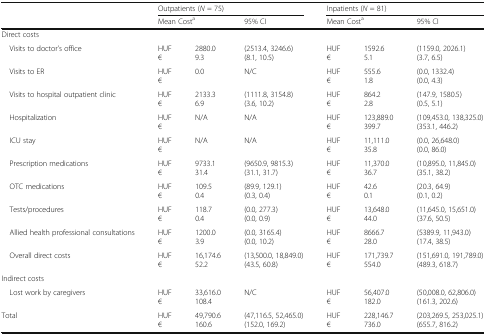
<table><thead><tr><td rowspan="2"></td><td colspan="3"><b>Outpatients (<i>N</i> = 75)</b></td><td colspan="3"><b>Inpatients (<i>N</i> = 81)</b></td></tr><tr><td colspan="2"><b>Mean Cost<sup>a</sup></b></td><td><b>95% CI</b></td><td colspan="2"><b>Mean Cost<sup>a</sup></b></td><td><b>95% CI</b></td></tr></thead><tbody><tr><td colspan="7">Direct costs</td></tr><tr><td> Visits to doctor’s office</td><td>HUF€</td><td>2880.09.3</td><td>(2513.4, 3246.6)(8.1, 10.5)</td><td>HUF€</td><td>1592.65.1</td><td>(1159.0, 2026.1)(3.7, 6.5)</td></tr><tr><td> Visits to ER</td><td>HUF€</td><td>0.0</td><td>N/C</td><td>HUF€</td><td>555.61.8</td><td>(0.0, 1332.4)(0.0, 4.3)</td></tr><tr><td> Visits to hospital outpatient clinic</td><td>HUF€</td><td>2133.36.9</td><td>(1111.8, 3154.8)(3.6, 10.2)</td><td>HUF€</td><td>864.22.8</td><td>(147.9, 1580.5)(0.5, 5.1)</td></tr><tr><td> Hospitalization</td><td>HUF€</td><td>N/A</td><td>N/A</td><td>HUF€</td><td>123,889.0399.7</td><td>(109,453.0, 138,325.0)(353.1, 446.2)</td></tr><tr><td> ICU stay</td><td>HUF€</td><td>N/A</td><td>N/A</td><td>HUF€</td><td>11,111.035.8</td><td>(0.0, 26,648.0)(0.0, 86.0)</td></tr><tr><td> Prescription medications</td><td>HUF€</td><td>9733.131.4</td><td>(9650.9, 9815.3)(31.1, 31.7)</td><td>HUF€</td><td>11,370.036.7</td><td>(10,895.0, 11,845.0)(35.1, 38.2)</td></tr><tr><td> OTC medications</td><td>HUF€</td><td>109.50.4</td><td>(89.9, 129.1)(0.3, 0.4)</td><td>HUF€</td><td>42.60.1</td><td>(20.3, 64.9)(0.1, 0.2)</td></tr><tr><td> Tests/procedures</td><td>HUF€</td><td>118.70.4</td><td>(0.0, 277.3)(0.0, 0.9)</td><td>HUF€</td><td>13,648.044.0</td><td>(11,645.0, 15,651.0)(37.6, 50.5)</td></tr><tr><td> Allied health professional consultations</td><td>HUF€</td><td>1200.03.9</td><td>(0.0, 3165.4)(0.0, 10.2)</td><td>HUF€</td><td>8666.728.0</td><td>(5389.9, 11,943.0)(17.4, 38.5)</td></tr><tr><td> Overall direct costs</td><td>HUF€</td><td>16,174.652.2</td><td>(13,500.0, 18,849.0)(43.5, 60.8)</td><td>HUF€</td><td>171,739.7554.0</td><td>(151,691.0, 191,789.0)(489.3, 618.7)</td></tr><tr><td colspan="7">Indirect costs</td></tr><tr><td> Lost work by caregivers</td><td>HUF€</td><td>33,616.0108.4</td><td>N/C</td><td>HUF€</td><td>56,407.0182.0</td><td>(50,008.0, 62,806.0)(161.3, 202.6)</td></tr><tr><td>Total</td><td>HUF€</td><td>49,790.6160.6</td><td>(47,116.5, 52,465.0)(152.0, 169.2)</td><td>HUF€</td><td>228,146.7736.0</td><td>(203,269.5, 253,025.1)(655.7, 816.2)</td></tr></tbody></table>